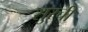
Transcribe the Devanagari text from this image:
सुरची